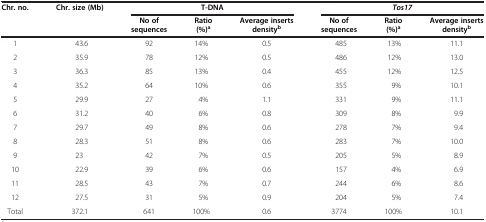
| Chr. no. | Chr. size (Mb) | <COLSPAN=3> T-DNA | <COLSPAN=3> Tos17 |
 |  |  | No of sequences | Ratio (%)a | Average inserts densityb | No of sequences | Ratio (%)a | Average inserts densityb |
 | --- | --- | --- | --- | --- | --- | --- | --- |
 | 1 | 43.6 | 92 | 14% | 0.5 | 485 | 13% | 11.1 |
 | 2 | 35.9 | 78 | 12% | 0.5 | 486 | 12% | 13.0 |
 | 3 | 36.3 | 85 | 13% | 0.4 | 455 | 12% | 12.5 |
 | 4 | 35.2 | 64 | 10% | 0.6 | 355 | 9% | 10.1 |
 | 5 | 29.9 | 27 | 4% | 1.1 | 331 | 9% | 11.1 |
 | 6 | 31.2 | 40 | 6% | 0.8 | 309 | 8% | 9.9 |
 | 7 | 29.7 | 49 | 8% | 0.6 | 278 | 7% | 9.4 |
 | 8 | 28.3 | 51 | 8% | 0.6 | 283 | 7% | 10.0 |
 | 9 | 23 | 42 | 7% | 0.5 | 205 | 5% | 8.9 |
 | 10 | 22.9 | 39 | 6% | 0.6 | 157 | 4% | 6.9 |
 | 11 | 28.5 | 43 | 7% | 0.7 | 244 | 6% | 8.6 |
 | 12 | 27.5 | 31 | 5% | 0.9 | 204 | 5% | 7.4 |
 | Total | 372.1 | 641 | 100% | 0.6 | 3774 | 100% | 10.1 |